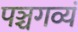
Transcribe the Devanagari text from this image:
पञ्चगव्यं